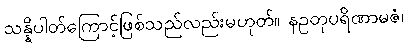
သန္နိပါတ်ကြောင့်ဖြစ်သည်လည်းမဟုတ်။ နဥတုပရိဏာမဇံ၊